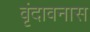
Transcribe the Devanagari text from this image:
वृंदावनास